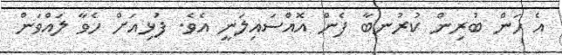
އެ ހަން ބުރިން ކުރުނބާ ފެން އޮއްސައިލަނީ އެވެ. ފުޅިއަށް ހެވާ ލައްވަން